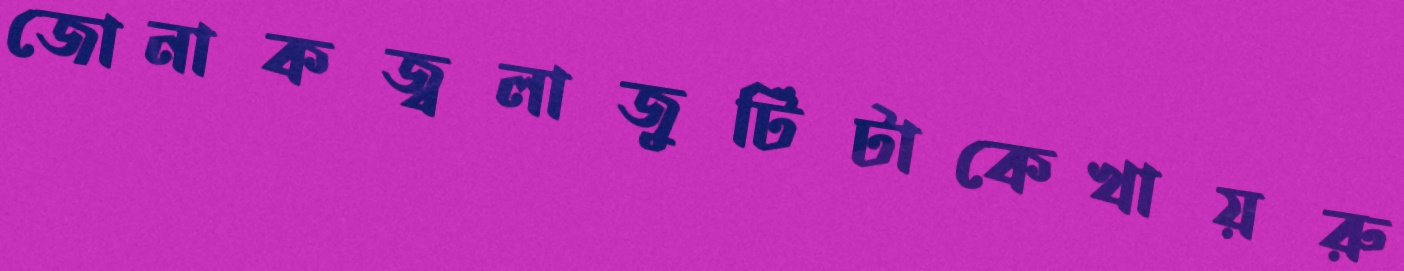
জোনাকজ্বলাজুটিটাকেখায়রু